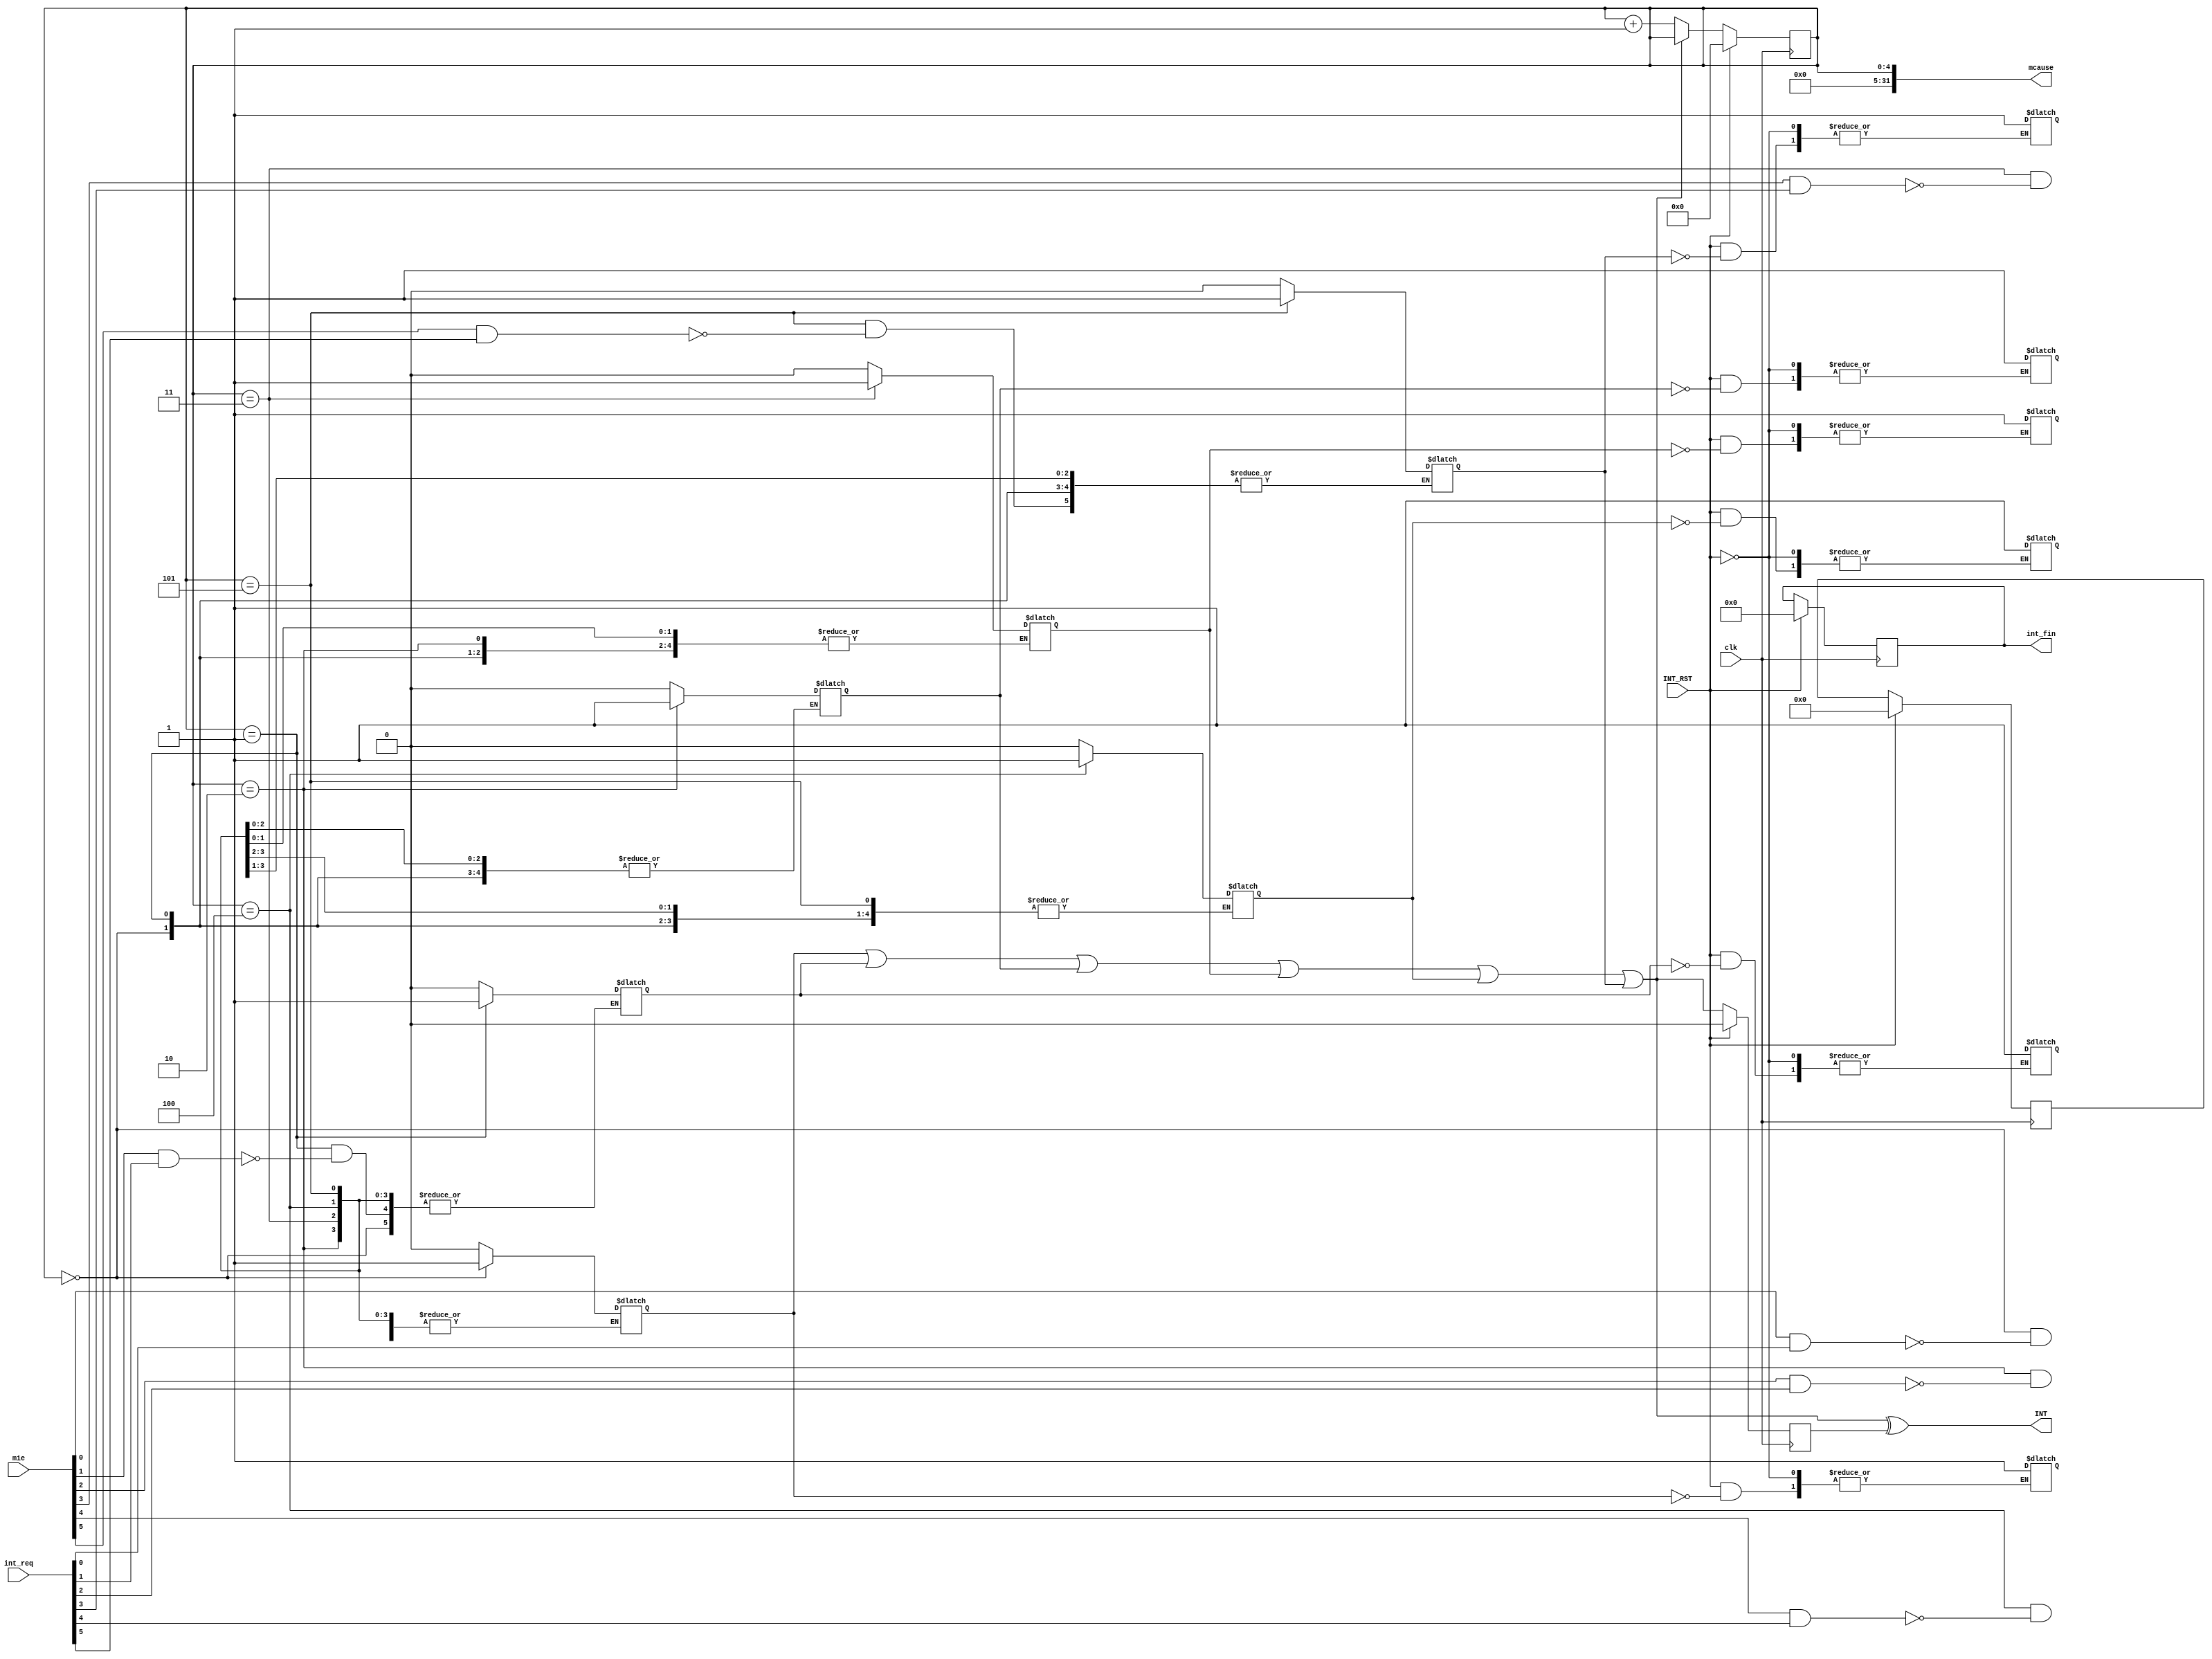
`timescale 1ns / 1ps

module Interrupt_Controller(
                            input         clk,
                            input  [31:0] mie,
                            input  [31:0] int_req,
                            input         INT_RST,
                            output [31:0] mcause,
                            output        INT,
                            output [31:0] int_fin
                           );
reg [4:0]  cnt         = 5'd0;
reg [5:0]  device_en   = 6'd0;
reg        en;    
reg        for_int;
reg [31:0] int_fin_reg = 32'b0;
wire       enable      = en;
assign     mcause      = cnt;
assign     INT         = enable ^ for_int;
assign     int_fin     = int_fin_reg;

initial begin
    for_int <= 1'b0;
    en      <= 1'b0;
end

always@(*) begin
    en <= device_en[0] | device_en[1] | device_en[2] | device_en[3] | device_en[4] | device_en[5];
end

always@(posedge clk)
begin
    if (INT_RST) begin
        cnt         <= 5'd0;
        for_int     <= 1'b0;
        device_en   <= 6'b0;
        int_fin_reg <= 32'b0;
    end
    else begin
        if (!enable) cnt <= cnt + 1;
        for_int <= en;
    end
end


always@(*)
begin
    case (cnt)
        5'd0: if (mie[0] & int_req[0]) device_en[0] <= 1'b1;
        5'd1: if (mie[1] & int_req[1]) device_en[1] <= 1'b1;
        5'd2: if (mie[2] & int_req[2]) device_en[2] <= 1'b1;
        5'd3: if (mie[3] & int_req[3]) device_en[3] <= 1'b1;
        5'd4: if (mie[4] & int_req[4]) device_en[4] <= 1'b1;
        5'd5: if (mie[5] & int_req[5]) device_en[5] <= 1'b1;

        default: device_en <= 6'd0;
    endcase
    
    if (INT_RST) begin
        if (device_en[0]) int_fin_reg[0] <= 1'b1;
        if (device_en[1]) int_fin_reg[1] <= 1'b1;
        if (device_en[2]) int_fin_reg[2] <= 1'b1;
        if (device_en[3]) int_fin_reg[3] <= 1'b1;
        if (device_en[4]) int_fin_reg[4] <= 1'b1;
        if (device_en[5]) int_fin_reg[5] <= 1'b1;

    end
end


endmodule